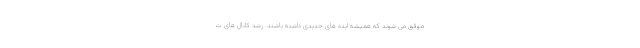
موفق می شوند که همیشه ایده های جدیدی داشته باشند. رشد کانال های ت